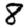
Digit: 8